画像に写った文字を読んでください
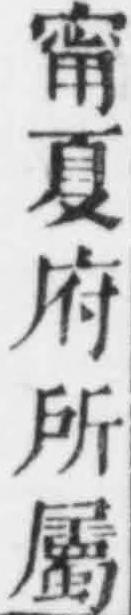
「甯夏府所屬」と書いてあります